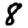
Digit: 8